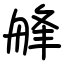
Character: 艂